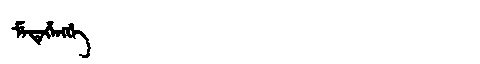
Manchu: ᠮᡝᡨᡝᡥᡝᠩᡤᡝ
Romanization: METEHENGGE